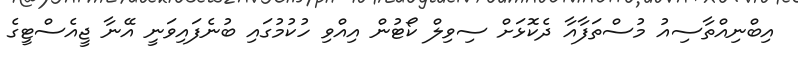
އިބްނިއްތާސިއު މުސްތަފާއާ ދެކޮޅަށް ސިވިލް ކޯޓުން އިއްވި ހުކުމުގައި ބުނެފައިވަނީ އޭނާ ޖީއެސްޓީގެ